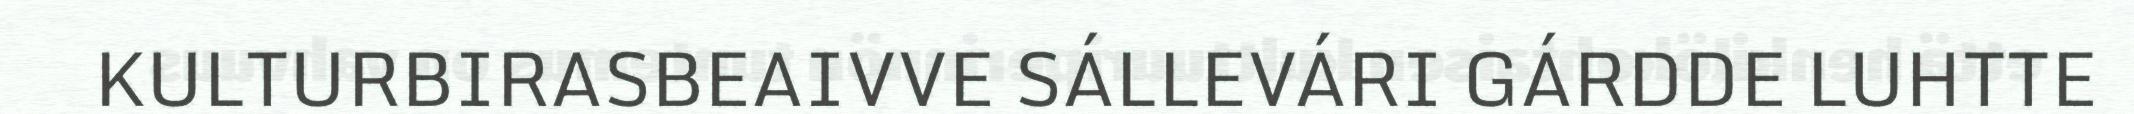
KULTURBIRASBEAIVVE SÁLLEVÁRI GÁRDDE LUHTTE